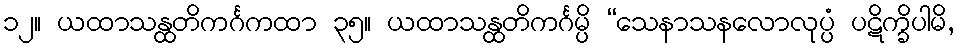
၁၂။ ယထာသန္ထတိကင်္ဂကထာ ၃၅။ ယထာသန္ထတိကင်္ဂမ္ပိ “သေနာသနလောလုပ္ပံ ပဋိက္ခိပါမိ,